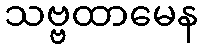
သဗ္ဗထာမေန